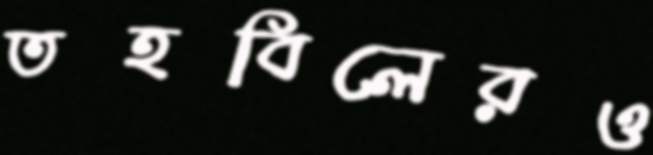
তহবিলেরও